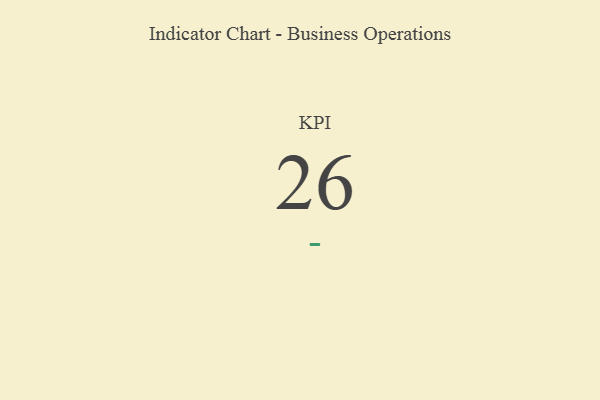
{"axis": {"x": "KPI", "y": "Value"}, "legend": [""], "data": [{"x": "KPI", "y": 26, "type": ""}]}